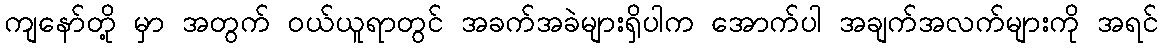
ကျနော်တို့ မှာ အတွက် ဝယ်ယူရာတွင် အခက်အခဲများရှိပါက အောက်ပါ အချက်အလက်များကို အရင်